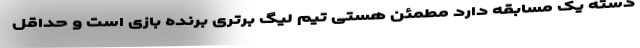
دسته یک مسابقه دارد مطمئن هستی تیم لیگ برتری برنده بازی است و حداقل